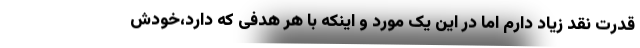
قدرت نقد زیاد دارم اما در این یک مورد و اینکه با هر هدفی که دارد،خودش